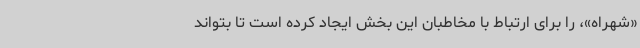
«شهراه»، را برای ارتباط با مخاطبان این بخش ایجاد کرده است تا بتواند